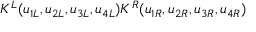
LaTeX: K ^ { L } ( u _ { 1 L } , u _ { 2 L } , u _ { 3 L } , u _ { 4 L } ) K ^ { R } ( u _ { 1 R } , u _ { 2 R } , u _ { 3 R } , u _ { 4 R } )